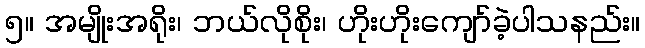
၅။ အမျိုးအရိုး၊ ဘယ်လိုစိုး၊ ဟိုးဟိုးကျော်ခဲ့ပါသနည်း။